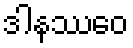
ဒါနဿေဝ